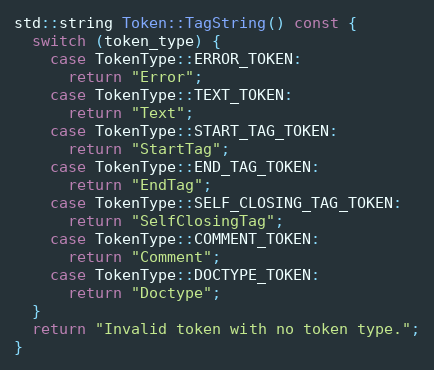
Language: C++
std::string Token::TagString() const {
  switch (token_type) {
    case TokenType::ERROR_TOKEN:
      return "Error";
    case TokenType::TEXT_TOKEN:
      return "Text";
    case TokenType::START_TAG_TOKEN:
      return "StartTag";
    case TokenType::END_TAG_TOKEN:
      return "EndTag";
    case TokenType::SELF_CLOSING_TAG_TOKEN:
      return "SelfClosingTag";
    case TokenType::COMMENT_TOKEN:
      return "Comment";
    case TokenType::DOCTYPE_TOKEN:
      return "Doctype";
  }
  return "Invalid token with no token type.";
}